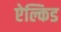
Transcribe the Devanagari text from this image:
ऐल्किड